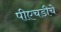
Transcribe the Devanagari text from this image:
पीएचडीचे